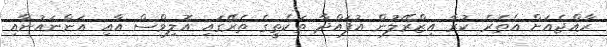
ރާއްޖެއަށް އެތެރެ ކުރާ އިޒްރޭލުން އުފައްދާ ތަކެތީގެ ތެރޭގައި އޮލިވްސް އާއި އަންނައުނާއި